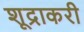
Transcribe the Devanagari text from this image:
शूद्राकरी